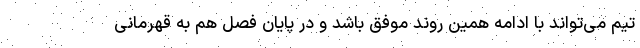
تیم می‌تواند با ادامه همین روند موفق باشد و در پایان فصل هم به قهرمانی